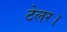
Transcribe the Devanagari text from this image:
टेलर।